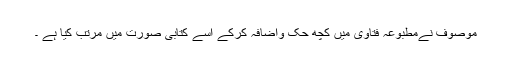
موصوف نےمطبوعہ فتاوی میں کچھ حک واضافہ کرکے اسے کتابی صورت میں مرتب کیا ہے ۔